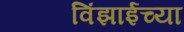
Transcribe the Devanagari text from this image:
विंझाईच्या